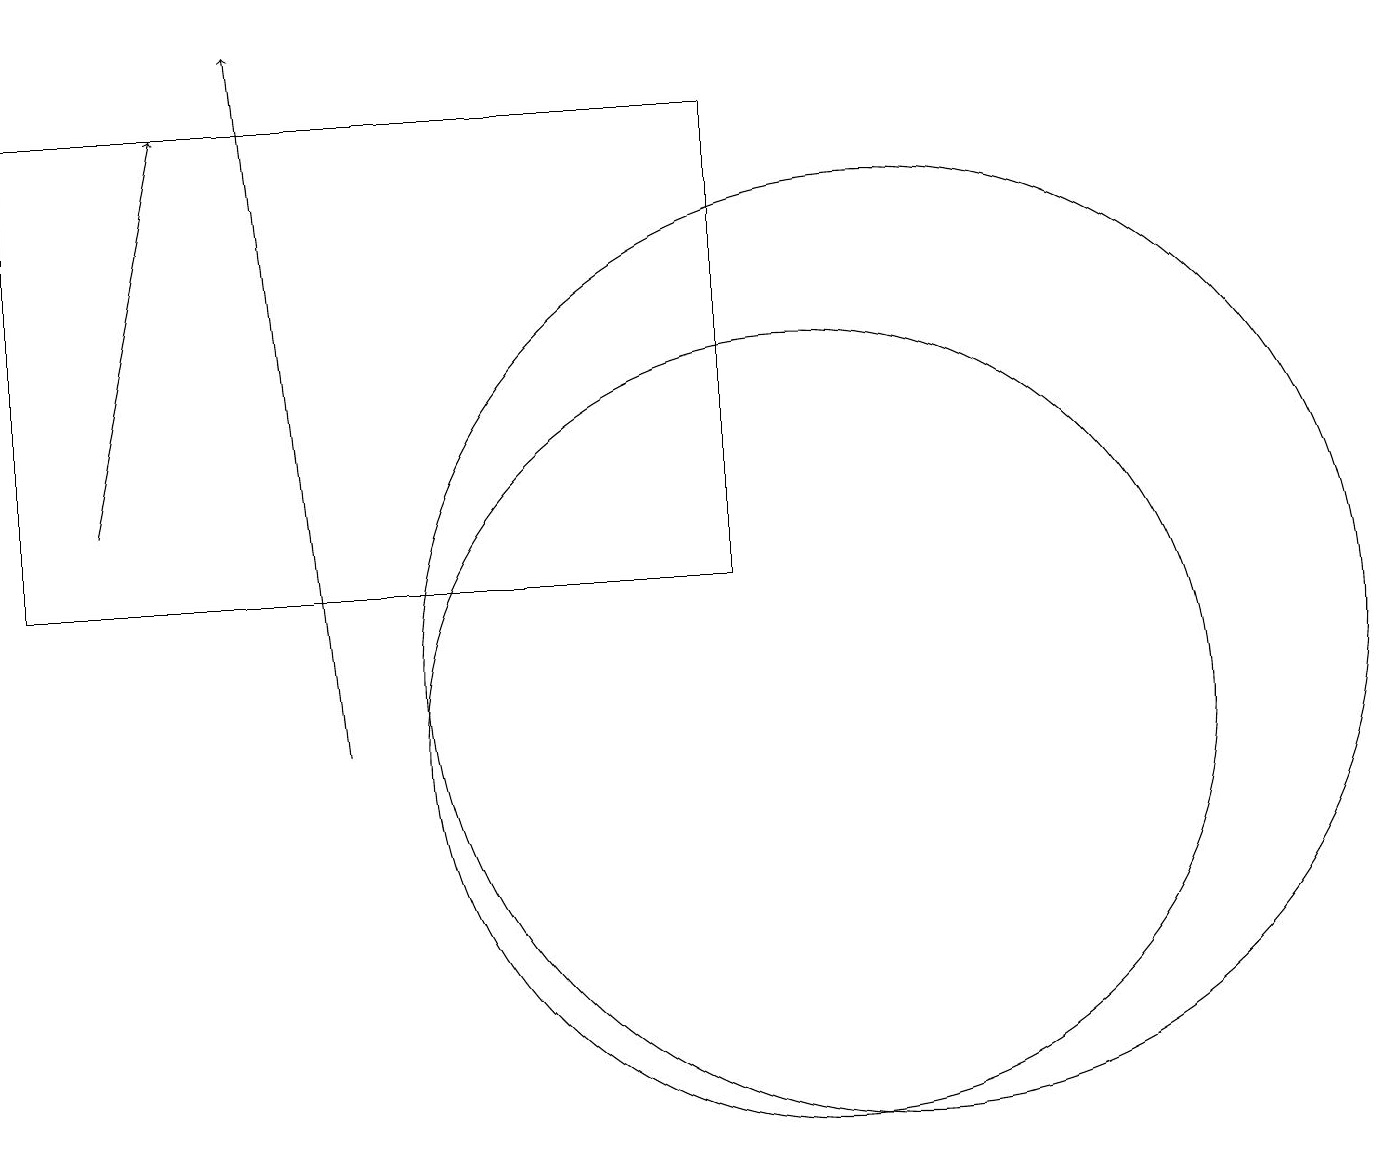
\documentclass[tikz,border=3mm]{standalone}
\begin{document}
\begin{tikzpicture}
\draw[->] (4,10) -- (3,19);
\draw (10,10) circle (5);
\draw (11,11) circle (6);
\draw (9,12) rectangle (0,18);
\draw[->] (1,13) -- (2,18);
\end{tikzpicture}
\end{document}